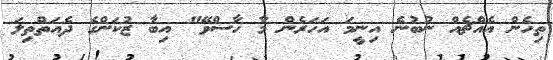
ތިހެން އެއްޗެއް ނުބުނެ އިނީމަ އަހަރެން މާ ހާސްވޭ" އިބާ ޒުކަންގެ ދެއަތްތިލަ